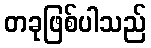
တခုဖြစ်ပါသည်